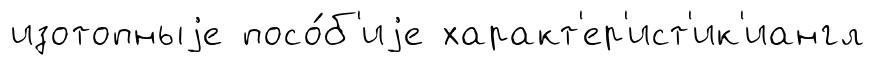
изотопныjе посо́б'иjе характ'ер'ист'ик'иангл